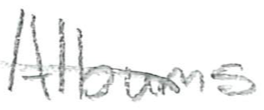
Text: Albums
Cross-out: single-line
Writing tool: pencil